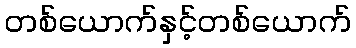
တစ်ယောက်နှင့်တစ်ယောက်